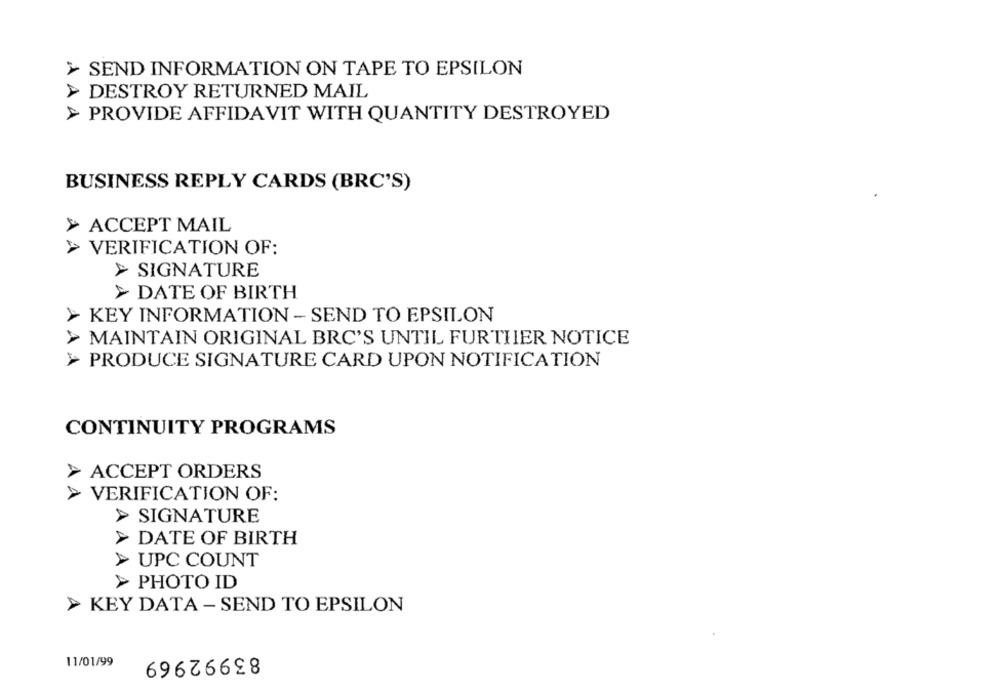
> SEND INFORMATION ON TAPE TO EPSILON
> DESTROY RETURNED MAIL
> PROVIDE AFFIDAVIT WITH QUANTITY DESTROYED
BUSINESS REPLY CARDS (BRC'S)
> ACCEPT MAIL
VERIFICATION OF:
> SIGNATURE
> DATE OF BIRTH
KEY INFORMATION - SEND TO EPSILON
MAINTAIN ORIGINAL BRC'S UNTIL FURTHER NOTICE
PRODUCE SIGNATURE CARD UPON NOTIFICATION
CONTINUITY PROGRAMS
> ACCEPT ORDERS
> VERIFICATION OF:
> SIGNATURE
> DATE OF BIRTH
> UPC COUNT
> PHOTO ID
> KEY DATA - SEND TO EPSILON
83992969
11/01/99